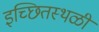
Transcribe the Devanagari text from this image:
इच्छितस्थळी